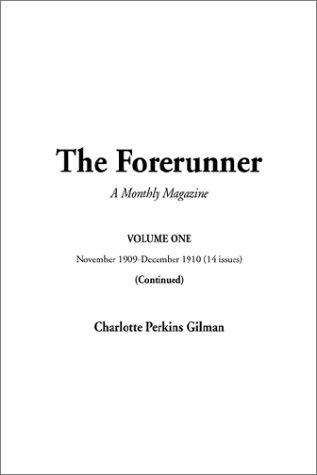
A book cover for Forerunner, The: Volume 1 (Continued) (v. 1); Charlotte Perkins Gilman; Humor & Entertainment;